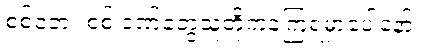
စစ်ဘေး စစ် ဒဏ်တွေသူတို့ကခံကြရမှာပေါ့နော်။